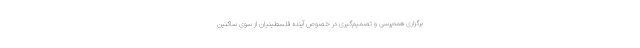
برگزاری همه‌پرسی و تصمیم‌گیری در خصوص آینده فلسطینیان از سوی ساکنین